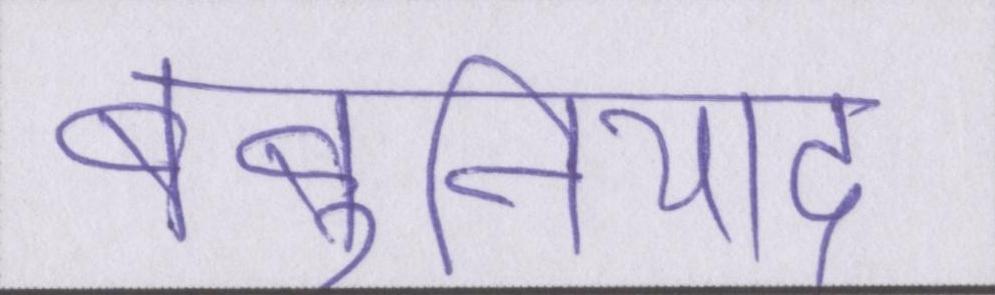
बेबुनियाद